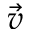
\Vec { v }